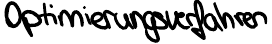
Optimierungsverfahren